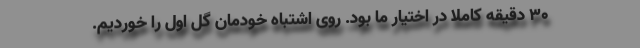
۳۰ دقیقه کاملا در اختیار ما بود. روی اشتباه خودمان گل اول را خوردیم.